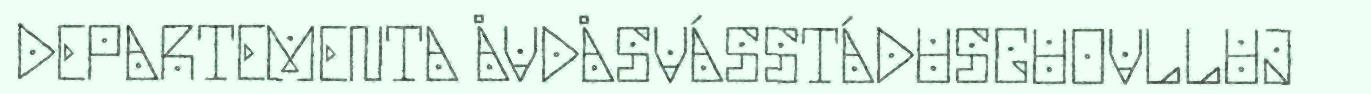
DEPARTEMENTA ÅVDÅSVÁSSTÁDUSGUOVLLUJ